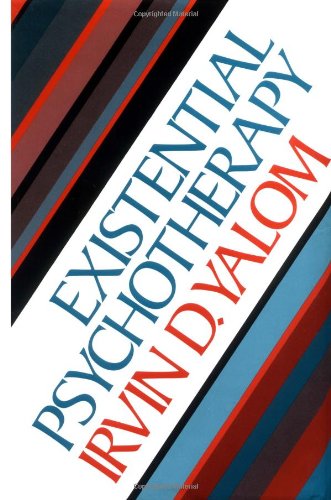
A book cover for Existential Psychotherapy; Irvin D. Yalom; Medical Books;